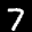
Label: 7